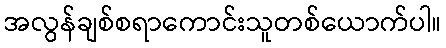
အလွန်ချစ်စရာကောင်းသူတစ်ယောက်ပါ။